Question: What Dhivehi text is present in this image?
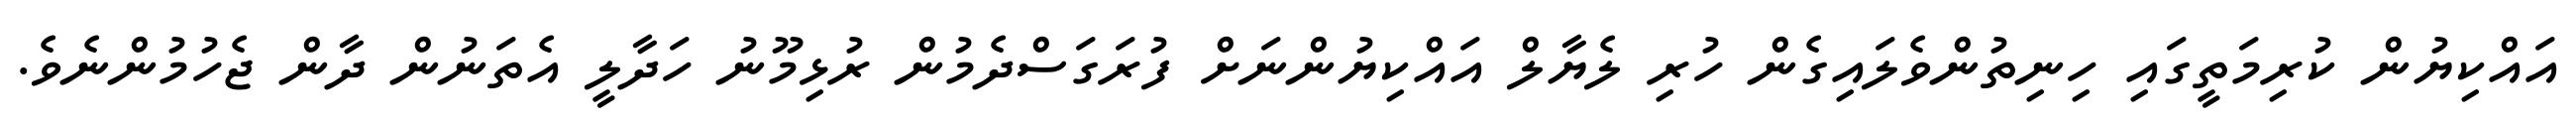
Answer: އައްކިޔުން ކުރިމަތީގައި ހިނިތުންވެލައިގެން ހުރި ލެޔާލް އައްކިޔުންނަށް ފުރަގަސްދެމުން ރުޅިމޫނު ހަދާލީ އެތަނުން ދާން ޖެހުމުންނެވެ.